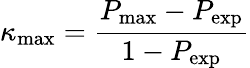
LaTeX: \kappa_{\operatorname*{max}}={\frac{P_{\operatorname*{max}}-P_{\exp}}{1-P_{\exp}}}